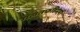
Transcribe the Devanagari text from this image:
गलतफहिमयां